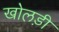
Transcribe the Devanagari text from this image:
खोलड़ी